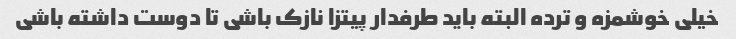
خیلی خوشمزه و ترده البته باید طرفدار پیتزا نازک باشی تا دوست داشته باشی